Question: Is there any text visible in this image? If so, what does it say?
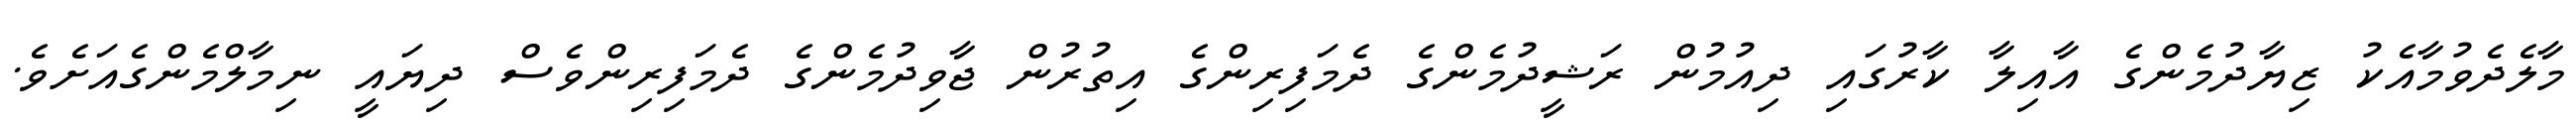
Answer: މާލެދެވުމާއެކު ޒިޔާދުމެންގެ އާއިލާ ކާރުގައި ދިއުމުން ރަޝީދުމެންގެ ދެމަފިރިންގެ އިތުރުން ޖާވިދުމެންގެ ދެމަފިރިންވެސް ދިޔައީ ނިމާލްމެންގެއަށެވެ.